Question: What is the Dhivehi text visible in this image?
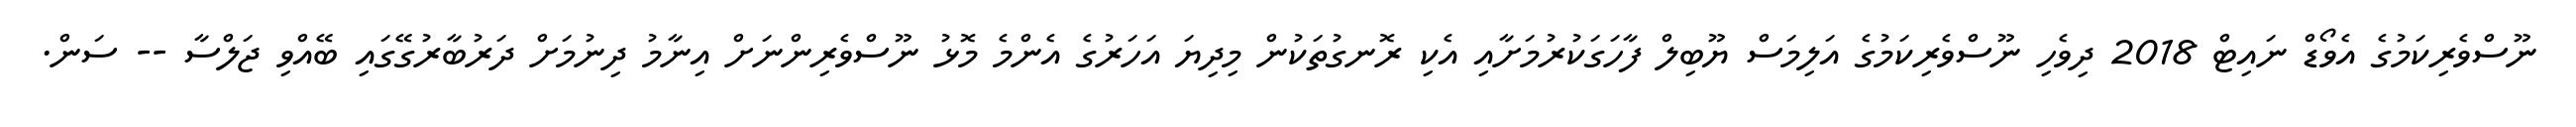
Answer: ނޫސްވެރިކަމުގެ އެވޯޑް ނައިޓް 2018 ދިވެހި ނޫސްވެރިކަމުގެ އަލިމަސް ޔޫބިލް ފާހަގަކުރުމަށާއި އެކި ރޮނގުތަކުން މިދިޔަ އަހަރުގެ އެންމެ މޮޅު ނޫސްވެރިންނަށް އިނާމު ދިނުމަށް ދަރުބާރުގޭގައި ބޭއްވި ޖަލްސާ -- ސަން.